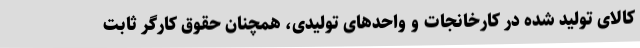
کالای تولید شده در کارخانجات و واحدهای تولیدی، همچنان حقوق کارگر ثابت